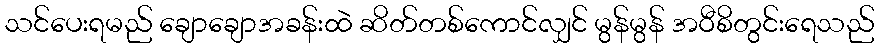
သင်ပေးရမည် ချောချောအခန်းထဲ ဆိတ်တစ်ကောင်လျှင် မွန်မွန် အဝီစိတွင်းရေသည်